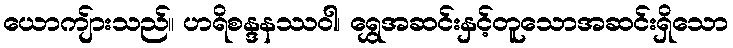
ယောကျ်ားသည်။ ဟရိစန္ဒနဿဝါ၊ ရွှေအဆင်းနှင့်တူသောအဆင်းရှိသော